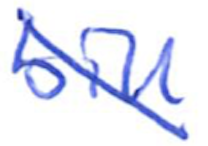
Text: bill
Cross-out: diagonal
Writing tool: ballpoint